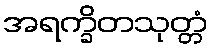
အရက္ခိတသုတ္တံ